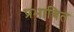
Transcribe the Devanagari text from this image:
प्रभाबित